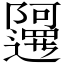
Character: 𲉤